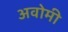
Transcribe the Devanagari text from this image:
अवोमी